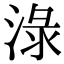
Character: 淥